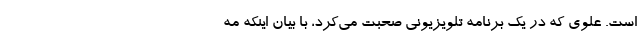
است. علوی که در یک برنامه تلویزیونی صحبت می‌کرد، با بیان اینکه مه